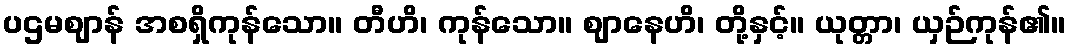
ပဌမဈာန် အစရှိကုန်သော။ တီဟိ၊ ကုန်သော။ ဈာနေဟိ၊ တို့နှင့်။ ယုတ္တာ၊ ယှဉ်ကုန်၏။